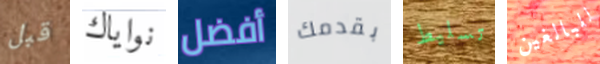
قبل نواياك أفضل بقدمك تسليط للبالغين